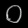
Digit: ၀